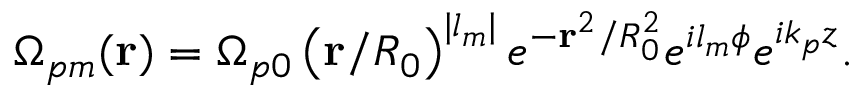
\Omega _ { p m } ( \mathbf { r } ) = \Omega _ { p 0 } \left( \mathbf { r } / R _ { 0 } \right) ^ { | l _ { m } | } e ^ { - \mathbf { r } ^ { 2 } / R _ { 0 } ^ { 2 } } e ^ { i l _ { m } \phi } e ^ { i k _ { p } { z } } .